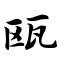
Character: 瓯